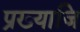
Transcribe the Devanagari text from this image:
प्रख्याजि